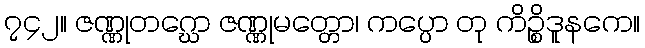
၇၄၂။ ဇဏ္ဏုတဂ္ဃော ဇဏ္ဏုမတ္တော၊ ကပ္ပော တု ကိဉ္စိဒူနကေ။